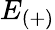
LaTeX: E_{(+)}